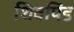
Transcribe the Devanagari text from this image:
शिवपिंड